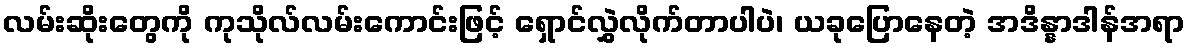
လမ်းဆိုးတွေကို ကုသိုလ်လမ်းကောင်းဖြင့် ရှောင်လွှဲလိုက်တာပါပဲ၊ ယခုပြောနေတဲ့ အဒိန္နာဒါန်အရာ